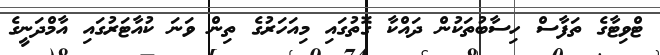
ޓްވިޓާގެ ތަފާސް ހިސާބުތަކުން ދައްކާ ގޮތުގައި މިއަހަރުގެ ތިން ވަނަ ކުއާޓަރުގައި އާމްދަނީގެ